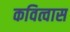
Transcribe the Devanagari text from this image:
कवित्वास